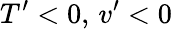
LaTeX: {T}^{\prime}<0,\, {v}^{\prime}<0